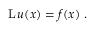
\operatorname { L } u ( x ) = f ( x ) ~ .